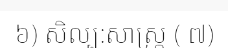
៦) សិល្ប:សាស្ត្រ ( ៧)